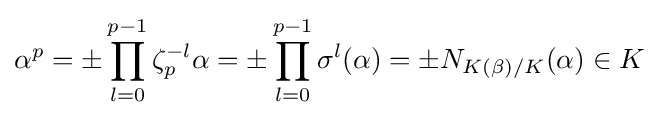
\alpha ^{p}=\pm \prod _{l=0}^{p-1}\zeta _{p}^{-l}\alpha =\pm \prod _{l=0}^{p-1}\sigma ^{l}(\alpha )=\pm N_{K(\beta )/K}(\alpha )\in K